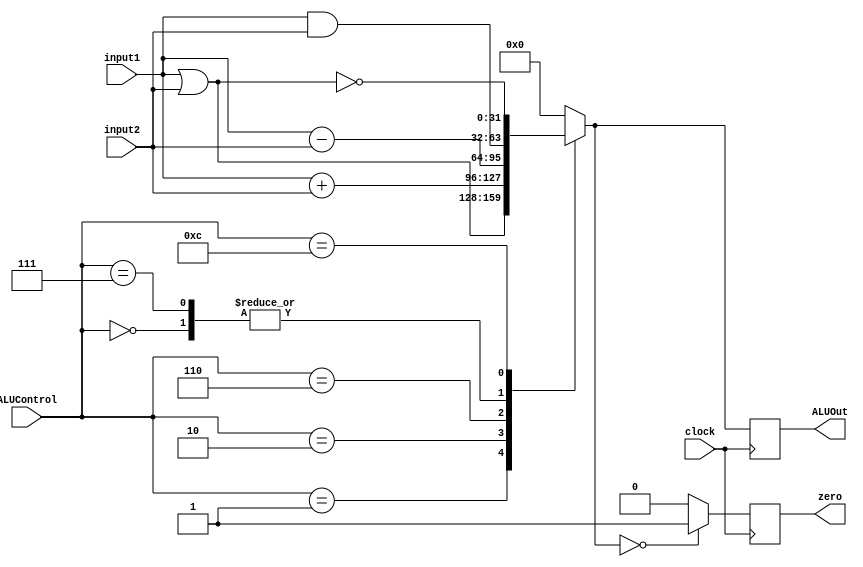
//-------------------------------------------------------
// ile Name: ALU.sv
// Type: module
// Department: Cincia da computao - UFV-Florestal
// Author's Email: joao.andrade1@ufv.br, mateus.h.figueredo@ufv.br, vitor.lacerda@ufv.br
//-------------------------------------------------------
// Release history
// Version Date            Description
// 0.1     01/07/2022      Archive creation
// 0.2     02/07/2022      Version with code
//-------------------------------------------------------
// Keywords:   Arithmetic, Logic
//-------------------------------------------------------
// Purpose:    Executes logic and arithmetic operations

module ALU(
    ALUOut,
    zero,
    ALUControl,
    input1,
    input2,
    clock
);

    output reg[31:0] ALUOut;    // ALU output to the multplexer
    output reg zero;            // Zero signal to the and multiplexer

    input[31:0] input1;         // Output register1 from registers memory
    input[31:0] input2;         // Extended immediate from Immadiate Genarator
    input[3:0] ALUControl;      // Output ALU control from ALU controller
    input clock;

    // Do the logical operations based in the ALU controller signal
    always @(posedge clock)
        begin
            case (ALUControl)
                4'b0000: ALUOut = input1 & input2;   // And
                4'b0001: ALUOut = input1 | input2; // Or
                4'b0010: ALUOut = input1+input2;   // Sum
                4'b0110: ALUOut = input1-input2;       // Sub
                4'b0111: ALUOut = (input1 & input2);
                4'b1100: ALUOut = ~(input1 | input2);
                default: ALUOut = 32'b0;                               // Default
            endcase

            if (ALUOut == 32'b0)
                begin
                    zero = 1'b1;
                end
            else
                begin
                    zero = 1'b0;
                end
        end

endmodule